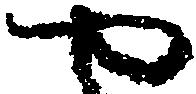
や